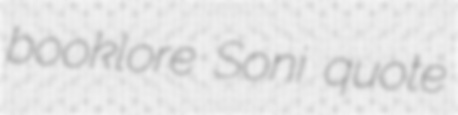
booklore Soni quote